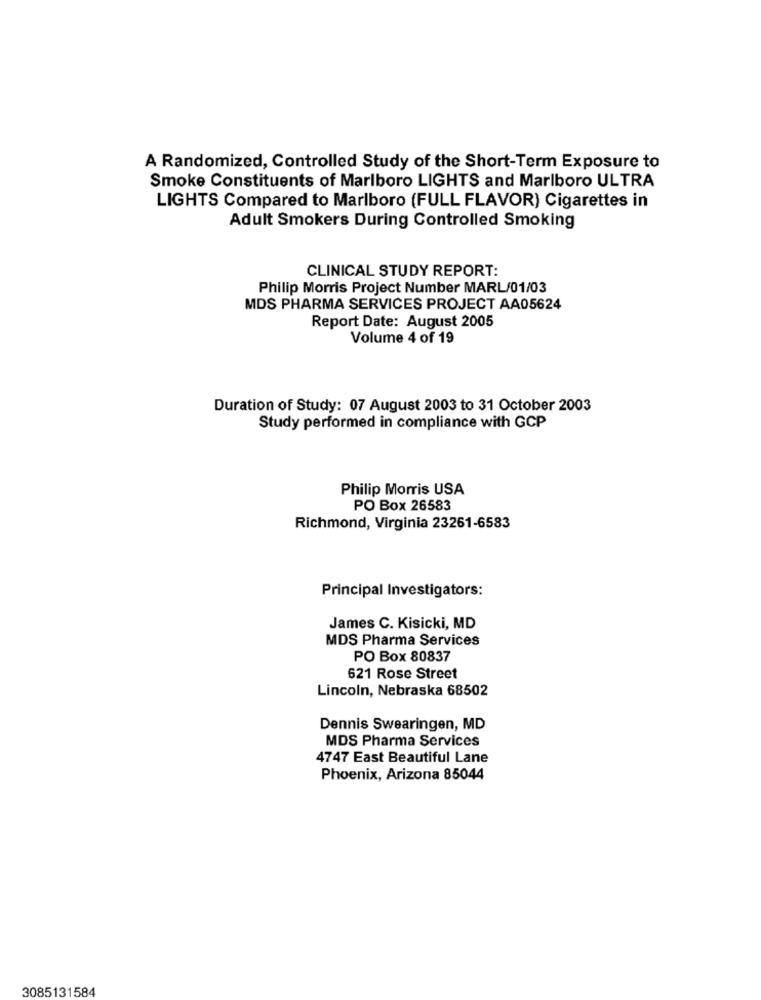
A Randomized, Controlled Study of the Short-Term Exposure to
Smoke Constituents of Marlboro LIGHTS and Marlboro ULTRA
LIGHTS Compared to Marlboro (FULL FLAVOR) Cigarettes in
Adult Smokers During Controlled Smoking
CLINICAL STUDY REPORT:
Philip Morris Project Number MARL/01/03
MDS PHARMA SERVICES PROJECT AA05624
Report Date: August 2005
Volume 4 of 19
Duration of Study: 07 August 2003 to 31 October 2003
Study performed in compliance with GCP
Philip Morris USA
PO Box 26583
Richmond, Virginia 23261-6583
Principal Investigators:
James C. Kisicki, MD
MDS Pharma Services
PO Box 80837
621 Rose Street
Lincoln, Nebraska 68502
Dennis Swearingen, MD
MDS Pharma Services
4747 East Beautiful Lane
Phoenix, Arizona 85044
3085131584